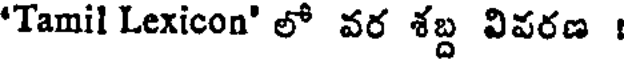
'Tamil Lexicon' లో వర శబ్ద విపరణ